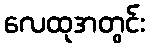
လေထုအတွင်း